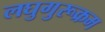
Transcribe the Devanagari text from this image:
लघुगुरूक्रम